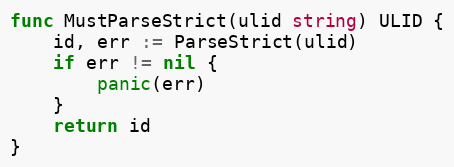
Language: Go
func MustParseStrict(ulid string) ULID {
	id, err := ParseStrict(ulid)
	if err != nil {
		panic(err)
	}
	return id
}